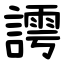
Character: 謣